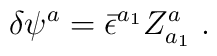
\delta \psi ^a={\bar{\epsilon}}^{a_1}Z^a_{a_1}\ .